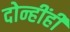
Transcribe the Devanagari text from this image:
दोन्हींही